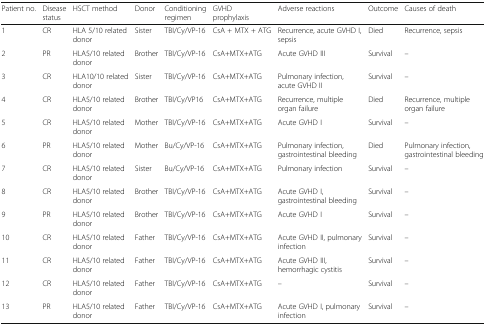
| Patient no. | Disease status | HSCT method | Donor | Conditioning regimen | GVHD prophylaxis | Adverse reactions | Outcome | Causes of death |
 | --- | --- | --- | --- | --- | --- | --- | --- | --- |
 | 1 | CR | HLA 5/10 related donor | Sister | TBI/Cy/VP-16 | CsA + MTX + ATG | Recurrence, acute GVHD I, sepsis | Died | Recurrence, sepsis |
 | 2 | PR | HLA5/10 related donor | Brother | TBI/Cy/VP-16 | CsA+MTX+ATG | Acute GVHD III | Survival | – |
 | 3 | CR | HLA10/10 related donor | Sister | TBI/Cy/VP-16 | CsA+MTX+ATG | Pulmonary infection, acute GVHD II | Survival | – |
 | 4 | CR | HLA5/10 related donor | Brother | TBI/Cy/VP16 | CsA+MTX+ATG | Recurrence, multiple organ failure | Died | Recurrence, multiple organ failure |
 | 5 | CR | HLA5/10 related donor | Mother | TBI/Cy/VP-16 | CsA+MTX+ATG | Acute GVHD I | Survival | – |
 | 6 | PR | HLA5/10 related donor | Mother | Bu/Cy/VP-16 | CsA+MTX+ATG | Pulmonary infection, gastrointestinal bleeding | Died | Pulmonary infection, gastrointestinal bleeding |
 | 7 | CR | HLA5/10 related donor | Sister | Bu/Cy/VP-16 | CsA+MTX+ATG | Pulmonary infection | Survival | – |
 | 8 | CR | HLA5/10 related donor | Brother | TBI/Cy/VP-16 | CsA+MTX+ATG | Acute GVHD I, gastrointestinal bleeding | Survival | – |
 | 9 | PR | HLA5/10 related donor | Brother | TBI/Cy/VP-16 | CsA+MTX+ATG | Acute GVHD I | Survival | – |
 | 10 | CR | HLA5/10 related donor | Father | TBI/Cy/VP-16 | CsA+MTX+ATG | Acute GVHD II, pulmonary infection | Survival | – |
 | 11 | CR | HLA5/10 related donor | Father | TBI/Cy/VP-16 | CsA+MTX+ATG | Acute GVHD III, hemorrhagic cystitis | Survival | – |
 | 12 | CR | HLA5/10 related donor | Father | TBI/Cy/VP-16 | CsA+MTX+ATG | – | Survival | – |
 | 13 | PR | HLA5/10 related donor | Father | TBI/Cy/VP-16 | CsA+MTX+ATG | Acute GVHD I, pulmonary infection | Survival | – |